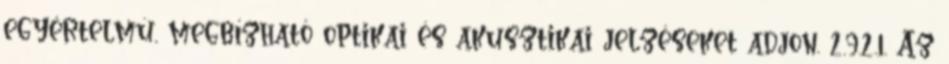
egyértelmû, megbízható optikai és akusztikai jelzéseket adjon. 2.9.2.1. Az